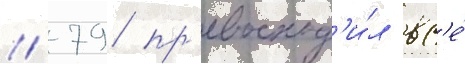
// 79 пр'евосход'и́л вс'е́